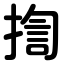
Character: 揈